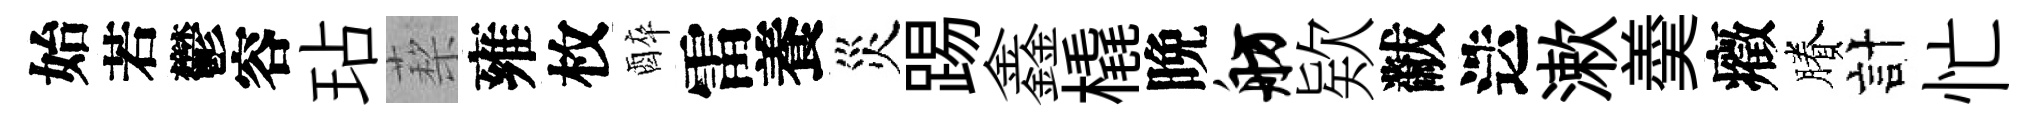
始若鬱容玷蔾雍枚醉雷養災踢鑫橇晩舫欵黻迭漱羮癥賸計忙